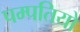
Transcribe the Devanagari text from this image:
पम्‍पतियो